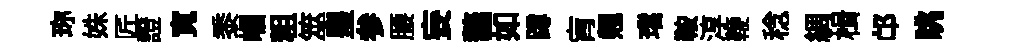
珎姝匠證寛黍崛粗筮皇参腰妄鼇如蹲肓翹璫鞍淳鞭稔綢楫邙眺